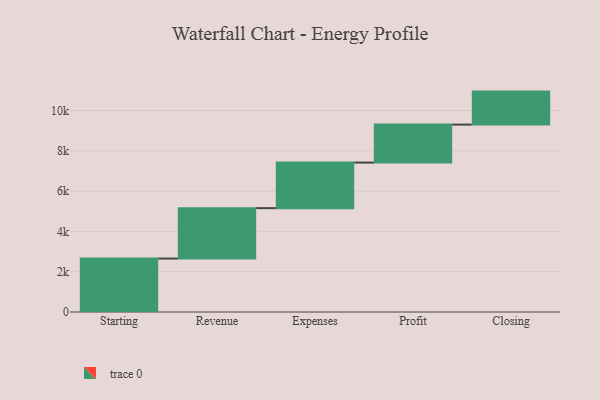
{"axis": {"x": "Step", "y": "Value"}, "legend": [""], "data": [{"x": "Starting", "y": 2653.0, "type": ""}, {"x": "Revenue", "y": 2502.0, "type": ""}, {"x": "Expenses", "y": 2261.0, "type": ""}, {"x": "Profit", "y": 1885.0, "type": ""}, {"x": "Closing", "y": 1638.0, "type": ""}]}